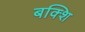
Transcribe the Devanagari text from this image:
बक्शि